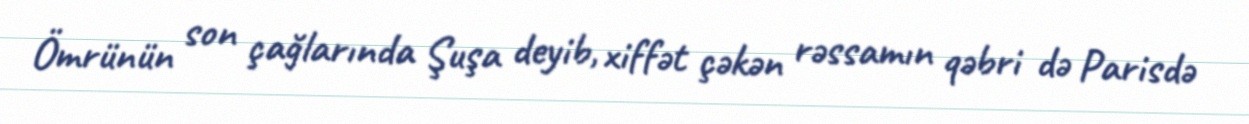
Ömrünün son çağlarında Şuşa deyib, xiffət çəkən rəssamın qəbri də Parisdə